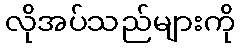
လိုအပ်သည်များကို